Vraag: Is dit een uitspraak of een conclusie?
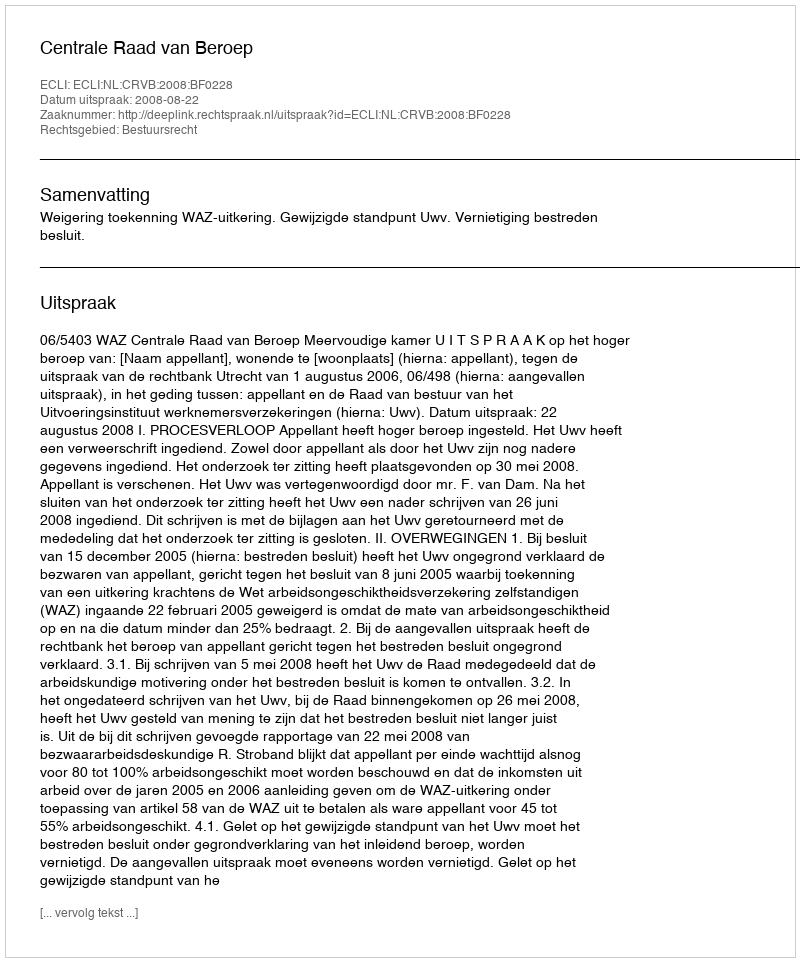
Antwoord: Uitspraak